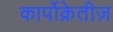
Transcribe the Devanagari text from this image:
कार्पोक्रेतीज़